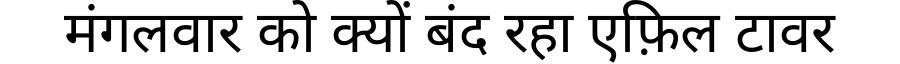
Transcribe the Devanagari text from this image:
मंगलवार को क्यों बंद रहा एफ़िल टावर